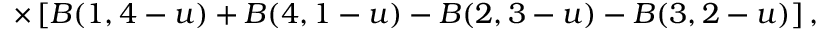
\times \left[ B ( 1 , 4 - u ) + B ( 4 , 1 - u ) - B ( 2 , 3 - u ) - B ( 3 , 2 - u ) \right] ,